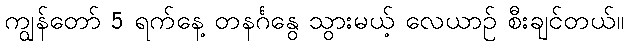
ကျွန်တော် 5 ရက်နေ့ တနင်္ဂနွေ သွားမယ့် လေယာဉ် စီးချင်တယ်။